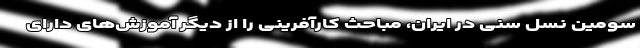
سومین نسل سنی در ایران، مباحث کارآفرینی را از دیگر آموزش‌های دارای